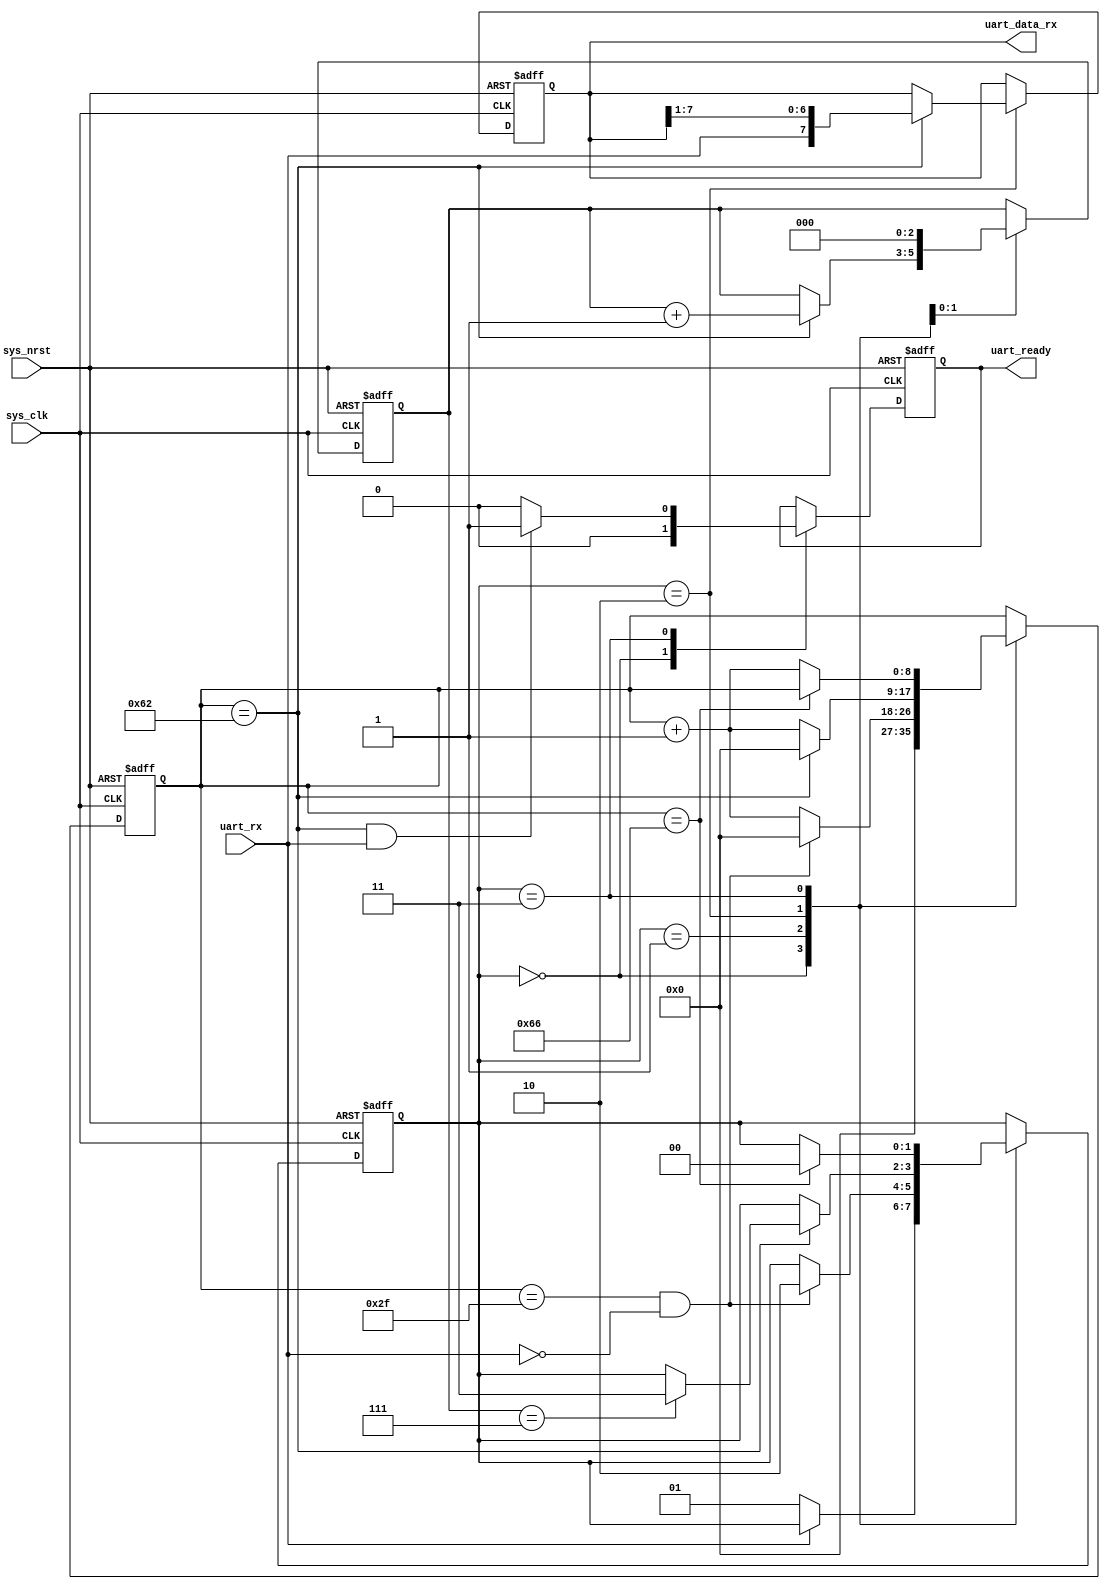
module uart_rx(
	
	input				sys_nrst,
	input				sys_clk,
	
	input				uart_rx,
	output	[7 : 0]		uart_data_rx,
	output				uart_ready
);
	
	localparam stage_idle		= 2'd0;
	localparam stage_start_bit	= 2'd1;
	localparam stage_data		= 2'd2;
	localparam stage_stop_bit	= 2'd3;
	
	
	// baud rate
	// the system clock __MHz
	// the baud rate is set to 1000000
	
	// 100000000 / 1000000 / 1 = 100 = 98
	// 100000000 / 1000000 / 2 = 50 = 47
	
	// 50000000 / 1000000 / 1 = 50 = 48
	// 50000000 / 1000000 / 2 = 25 = 22
	
	// 25000000 / 1000000 / 1 = 25 = 23
	// 25000000 / 1000000 / 2 = 12 = 9
	localparam full_interval	= 9'd98;
	localparam half_interval	= 9'd47;
	localparam full_interval_ex	= full_interval + 9'd4;
	
	reg [1 : 0] stage_cnt;
	reg [2 : 0] data_cnt;
	
	reg [8 : 0] data_bit_cnt;
	
	reg [7 : 0] data_in;
	
	reg uart_ready_r;
	
	assign uart_ready = uart_ready_r;
	assign uart_data_rx = data_in;
	
	always@(posedge sys_clk	or negedge sys_nrst)begin
		
		if(!sys_nrst)begin
			
			data_in <= 8'h00;
			data_cnt <= 3'd0;
			stage_cnt <= 2'd0;
			
			uart_ready_r <= 1'b0;
			data_bit_cnt <= 9'd0;
			
		end else begin
			
			case(stage_cnt)
				
				stage_idle: begin
					if(!uart_rx)begin
						stage_cnt <= stage_start_bit;
					end
					
					uart_ready_r <= 1'b0;
					data_bit_cnt <= 9'd0;
				end
				
				stage_start_bit: begin
					
					if(data_bit_cnt == half_interval & !uart_rx)begin
						stage_cnt <= stage_data;
						data_bit_cnt <= 9'd0;
					end else begin
						data_bit_cnt <= data_bit_cnt + 1'd1;
					end
				end
				
				stage_data: begin
					
					if(data_bit_cnt == full_interval)begin
						
						if(data_cnt == 3'd7)begin
							stage_cnt <= stage_stop_bit;
						end
						
						data_bit_cnt <= 9'd0;
						data_cnt <= data_cnt + 1'd1;
						data_in <= {uart_rx, data_in[7 : 1]};
					end else begin
						data_bit_cnt <= data_bit_cnt + 1'd1;
					end
				end
				
				stage_stop_bit: begin
					
					if(data_bit_cnt == full_interval & uart_rx)begin
						uart_ready_r <= 1'b1;
					end else begin
						uart_ready_r <= 1'b0;
					end
					
					if(data_bit_cnt == full_interval_ex)begin
						stage_cnt <= stage_idle;
					end else begin
						data_bit_cnt <= data_bit_cnt + 1'd1;
					end
					
					data_cnt <= 3'd0;
				end
				
			endcase
		end
	end
	
endmodule